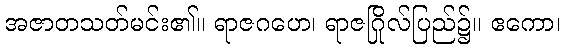
အဇာတသတ်မင်း၏။ ရာဇဂဟေ၊ ရာဇဂြိုလ်ပြည်၌။ ဧကော၊